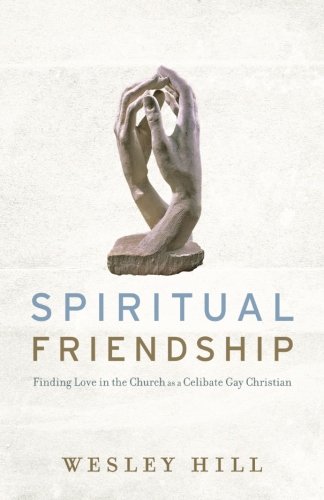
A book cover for Spiritual Friendship: Finding Love in the Church as a Celibate Gay Christian; Wesley Hill; Christian Books & Bibles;